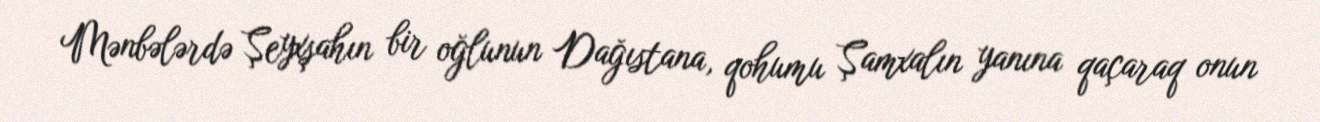
Mənbələrdə Şeyxşahın bir oğlunun Dağıstana, qohumu Şamxalın yanına qaçaraq onun